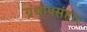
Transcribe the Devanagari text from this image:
ग्रंथोपसंहार